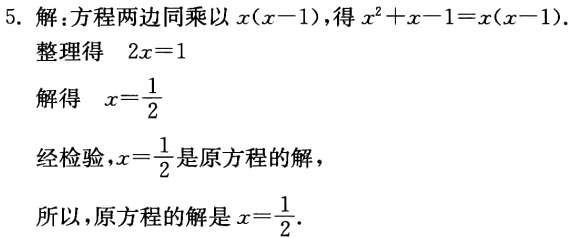
5. 解：方程两边同乘以 \(x(x - 1)\)，得 \(x^{2}+x - 1=x(x - 1)\)。

整理得 \(2x = 1\)

解得 \(x=\frac{1}{2}\)

经检验，\(x = \frac{1}{2}\) 是原方程的解，

所以，原方程的解是 \(x=\frac{1}{2}\)。